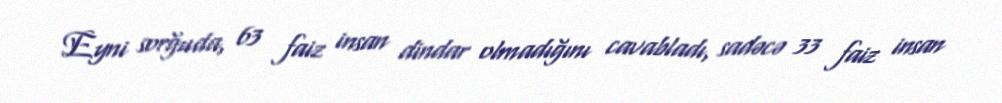
Eyni sorğuda, 63 faiz insan dindar olmadığını cavabladı, sadəcə 33 faiz insan